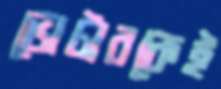
ভোটারকেই